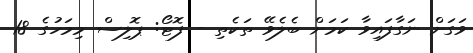
ވަގަށް ނަގާފައިވާ ކަމަށް ބެލެވޭ ތަކެތި - ފޮޓޯ: ޕޮލިސް މިމަހުގެ 18